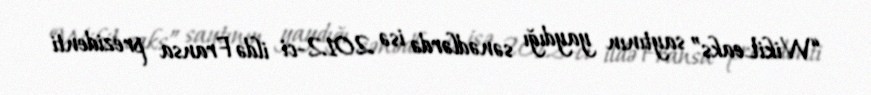
“WikiLeaks” saytının yaydığı sənədlərdə isə 2012-ci ildə Fransa prezidenti